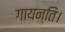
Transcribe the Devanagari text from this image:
गायन्ति।